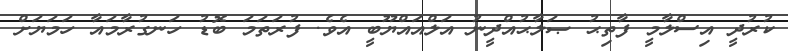
ކުރުދީ އިސްލާމީ ފާތިޙު ޞަލާޙުއްދީނު އަލްއައްޔޫބީ އެވެ. ފުރަތަމަ ބޮޑު ހަނގުރާމައާ ހަމަޔަށް